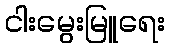
ငါးမွေးမြူရေး